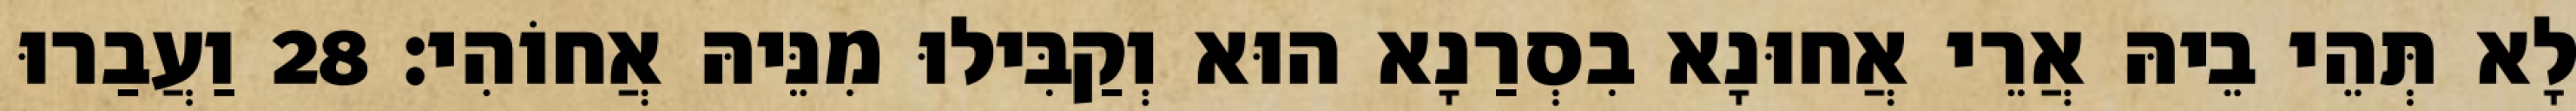
לָא תְּהֵי בֵיהּ אֲרֵי אֲחוּנָא בִסְרַנָא הוּא וְקַבִּילוּ מִנֵּיהּ אֲחוֹהִי׃ 28 וַעֲבַרוּ